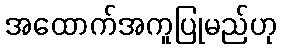
အထောက်အကူပြုမည်ဟု